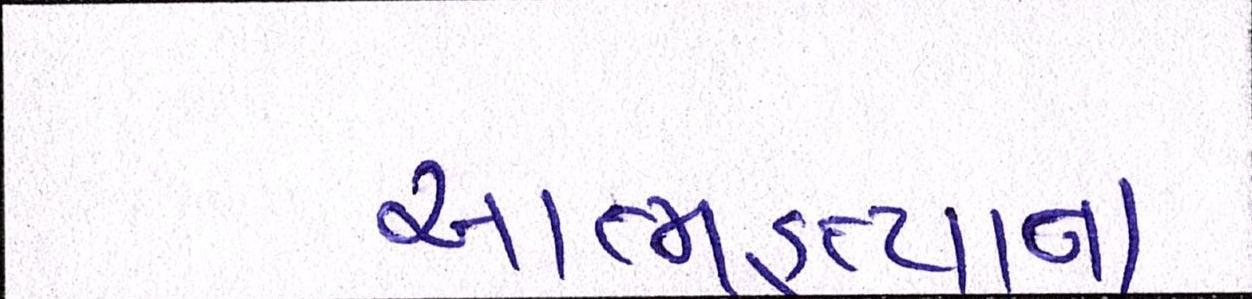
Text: આત્મહત્યાના